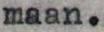
maan.